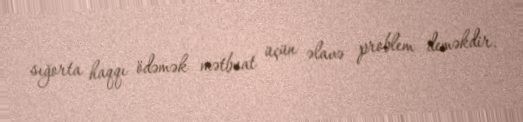
sığorta haqqı ödəmək mətbuat üçün əlavə problem deməkdir.